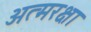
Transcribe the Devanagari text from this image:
अत्मरक्षा